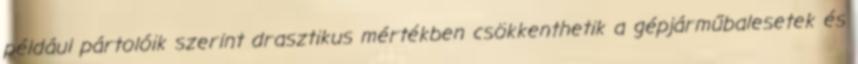
például pártolóik szerint drasztikus mértékben csökkenthetik a gépjárműbalesetek és